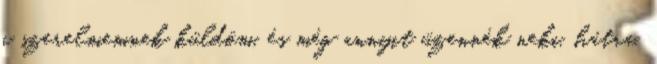
a szerelmemnek küldöm, és még annyit üzennék neki, hátra,